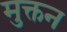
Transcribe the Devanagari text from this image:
मुक्तन